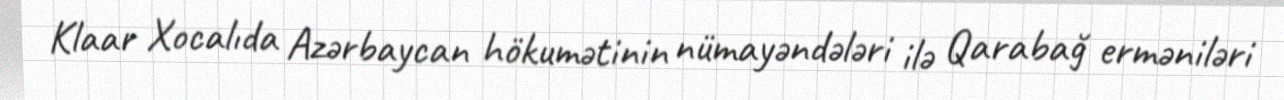
Klaar Xocalıda Azərbaycan hökumətinin nümayəndələri ilə Qarabağ erməniləri